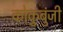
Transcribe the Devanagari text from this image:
कोकुबुंजी